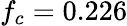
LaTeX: f_{c}=0.226